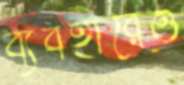
ব্যবহারেও